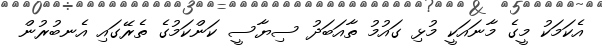
އެކަމަކު މީގެ މާނައަކީ މުޅި ގައުމު ތާއަބަދު ސިޔާސީ ކަންކަމުގެ ތެރޭގައި އެނބުރުން